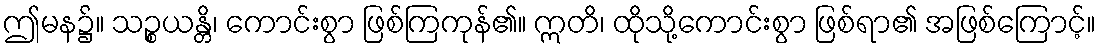
ဤမန၌။ သဉ္စယန္တိ၊ ကောင်းစွာ ဖြစ်ကြကုန်၏။ ဣတိ၊ ထိုသို့ကောင်းစွာ ဖြစ်ရာ၏ အဖြစ်ကြောင့်။